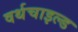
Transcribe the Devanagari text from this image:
वर्थचाइल्ड